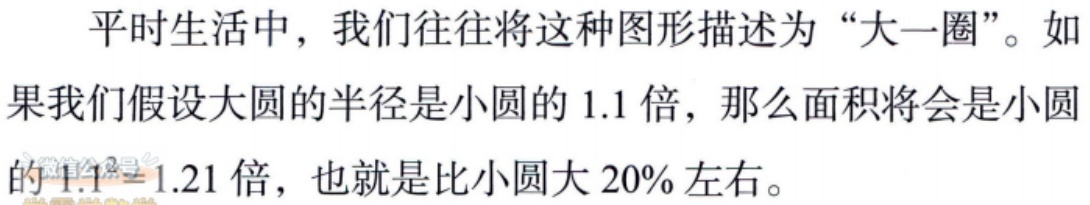
平时生活中，我们往往将这种图形描述为“大一圈”。如果我们假设大圆的半径是小圆的 1.1 倍，那么面积将会是小圆的\(1.1^{2}=1.21\)倍，也就是比小圆大 20% 左右。